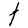
Character: t